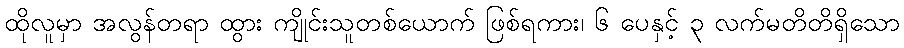
ထိုလူမှာ အလွန်တရာ ထွား ကျိုင်းသူတစ်ယောက် ဖြစ်ရကား၊ ၆ ပေနှင့် ၃ လက်မတိတိရှိသော